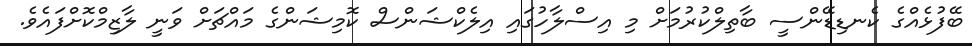
ބޭފުޅެއްގެ ކެނޑިޑޭންސީ ބާތިލްކުރުމަށް މި އިސްލާހުގައި އިލެކްޝަންސް ކޮމިޝަންގެ މައްޗަށް ވަނީ ލާޒިމްކޮށްފައެވެ.